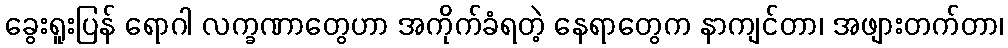
ခွေးရူးပြန် ရောဂါ လက္ခဏာတွေဟာ အကိုက်ခံရတဲ့ နေရာတွေက နာကျင်တာ၊ အဖျားတက်တာ၊